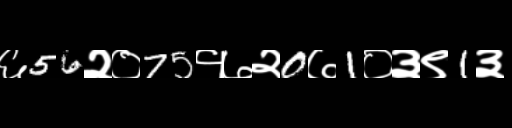
Text: ६56२०75१७२0७1०३९1३